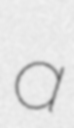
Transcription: a